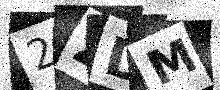
Text: 2ZDM